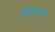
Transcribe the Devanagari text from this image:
तरगतात